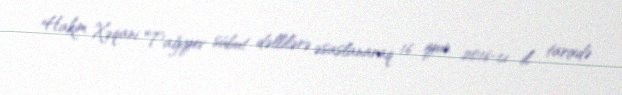
Hakim Xəqani Tağıyev sübut dəllilərə əsaslanaraq 16 iyun 2016-cı il tarixdə